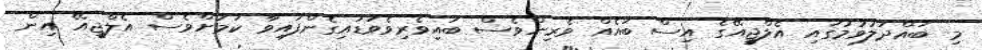
މި ބައްދަލުވުމުގައި އެލްޖީއޭގެ އިސް ބައެއް ވެރިންވެސް ބައިވެރިވެވަޑައިގެންފައިވާ ކަމަށްވެސް އެލްޖީއޭ އިން